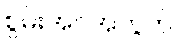
စွမ်းအင်အတွက်